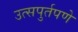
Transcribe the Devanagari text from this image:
उत्सपुर्तपणे